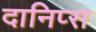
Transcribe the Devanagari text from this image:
दानिप्स